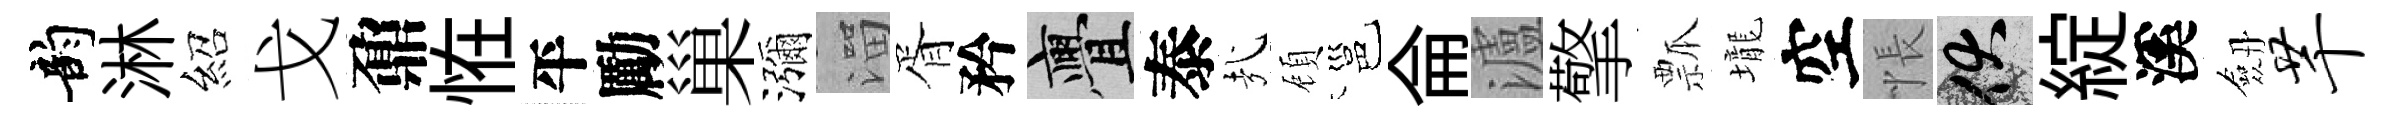
韵淋紹戈鼐恠平勵巢瀰溜胥矜亹泰㢤頋邕侖瀘擎瓢壠空悵伏綻溪劔芊